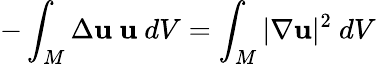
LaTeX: -\int_{M}\Delta\mathbf{u}\ \mathbf{u}\ dV=\int_{M}|\nabla\mathbf{u}|^{2}\ dV